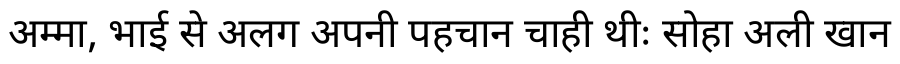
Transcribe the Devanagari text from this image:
अम्मा, भाई से अलग अपनी पहचान चाही थीः सोहा अली खान